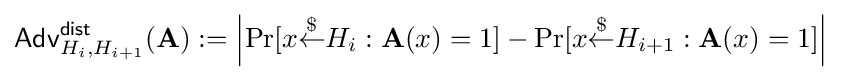
{\mathsf {Adv}}_{H_{i},H_{i+1}}^{\mathsf {dist}}(\mathbf {A} ):=\left|\Pr[x{\stackrel {\$}{\gets }}H_{i}:\mathbf {A} (x)=1]-\Pr[x{\stackrel {\$}{\gets }}H_{i+1}:\mathbf {A} (x)=1]\right|